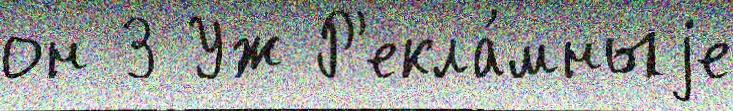
он 3 Уж Р'екла́мныjе